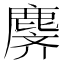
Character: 𬸾